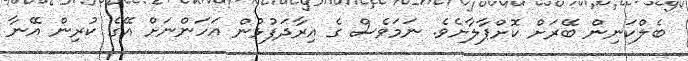
ބެލްކަނިން ބޭރަށް ކޮށްޕާލާށެވެ. ނަމަވެސް ގެ އިރާދަފުޅުން އަހަންނަށް އޭގެ ކުރިން އޭނާ